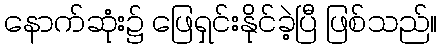
နောက်ဆုံး၌ ဖြေရှင်းနိုင်ခဲ့ပြီ ဖြစ်သည်။